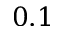
0 . 1